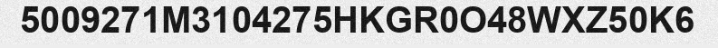
5009271M3104275HKGR0O48WXZ50K6